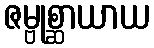
ဇမ္ဗုစ္ဆာယာယ